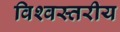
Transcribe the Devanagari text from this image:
विश्‍वस्तरीय